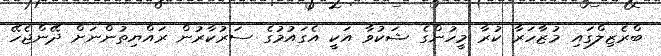
ބްރެޒިލްގައި މުޒާހަރާ ކުރާ މީހުންގެ ޝަކުވާ އަކީ އެގައުމުގެ ސަރުކާރުން ރައްޔިތުންނަށް ދޭންޖެހޭ